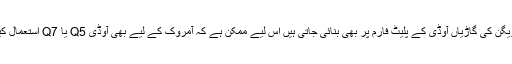
ووکس ویگن کی گاڑیاں آوڈی کے پلیٹ فارم پر بھی بنائی جاتی ہیں اس لیے ممکن ہے کہ آمروک کے لیے بھی آوڈی Q5 یا Q7 استعمال کیا گیا ہو۔